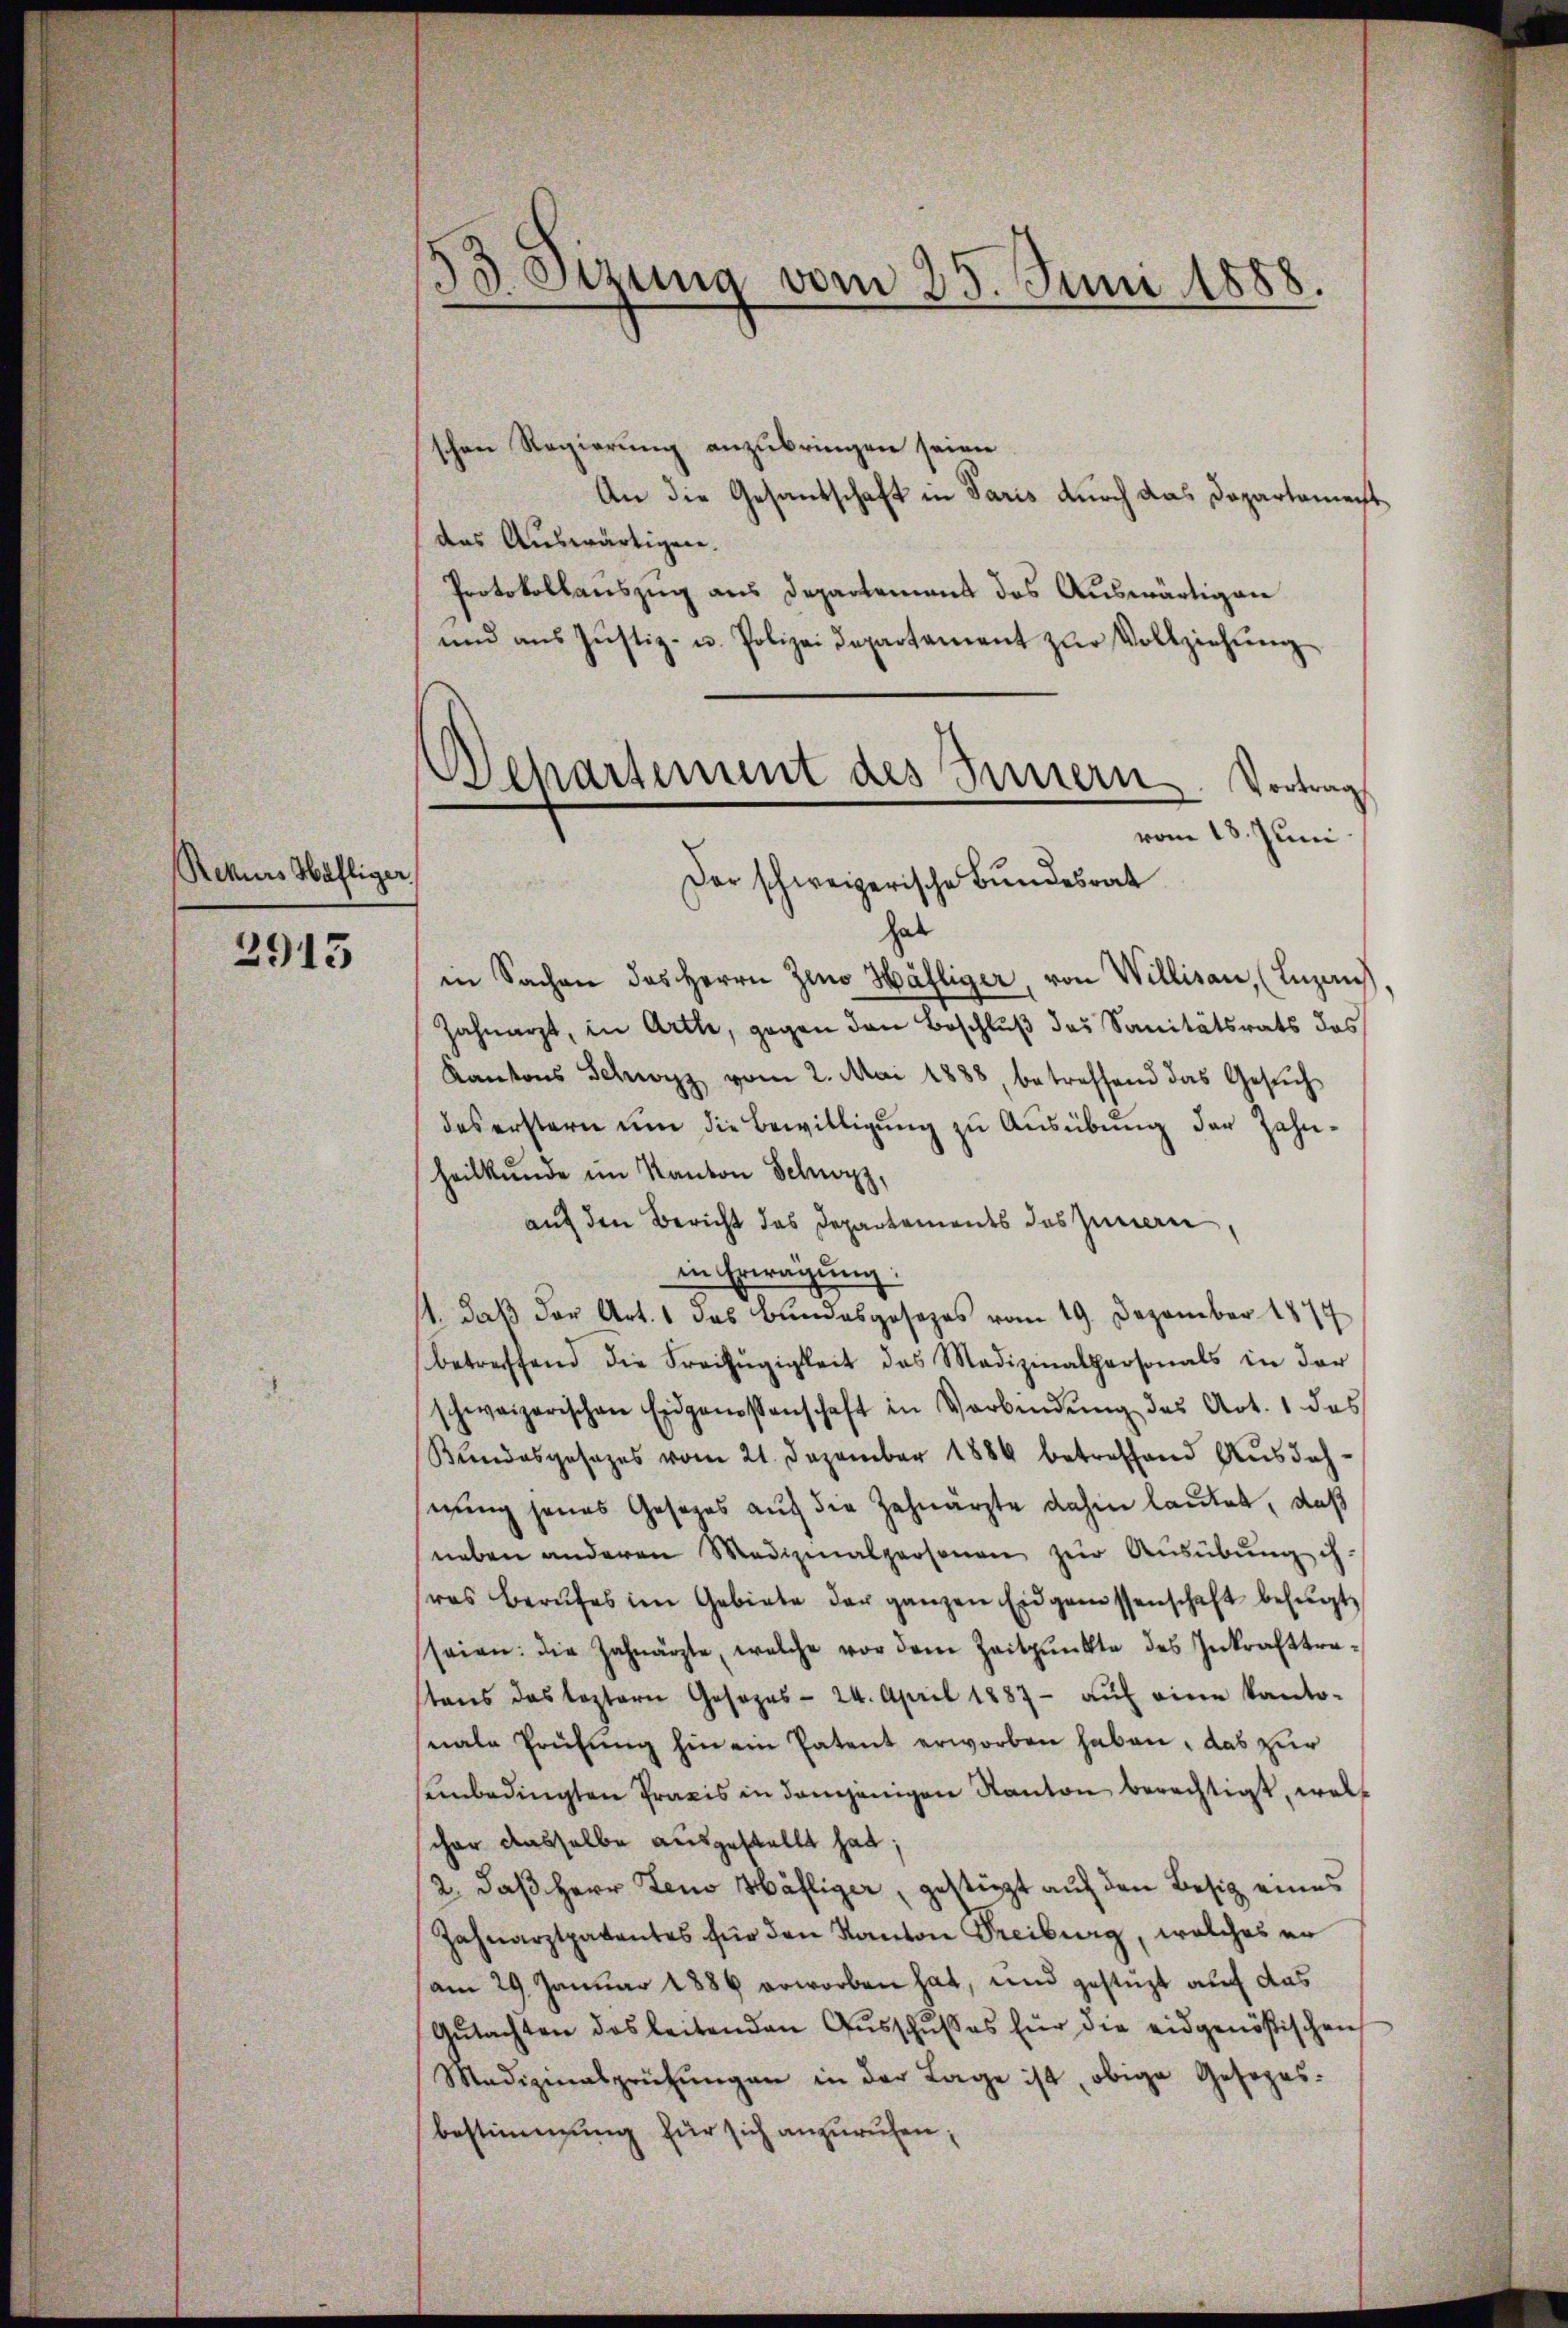
Rekurs Häfliger,

2913

2
Sitzung vom 25. Juni 1888.

schen Regierung anzubringen seien
An die Gesandschaft in Paris durch das Departement
das Auswärtigen.
Protokollauszug aus Departement des Auswärtigen
und ans Justiz- u. Polizei Departement zŭr Vollziehŭng
Der schweizerische Bundesrat
hab
in Sachen das Herrn Zeno Hälliger, von Willisau, (Luzau
Zahnarzt, in Arth, gegen den Beschluß des Sanitätsrats das
Kantons Schwyz vom 2. Mai 1888, betreffend das Gesuch
des erstern um die Bewilligung zu Ausübung der Zahnheilkunde im Kanton Schwyz,
auf den Bericht das Departements des Innen,
in Erwägung:
1., daß der Art. 1 das Bundesgesezes vom 19. Dezember 1877
betreffend die Freizügigkeit des Medizinalpersonals in der
schweizerischen Eidgenossenschaft in Verbindŭng des Art. 1 das
Kundesgesezes vom 21. Dezember 1884 betreffend Ausdehnung jenes Gesezes auf die Zahnärzte dahin lautet, daß
neben anderen Medizinalpersonen zŭr Aŭsübŭng ihras berufes im Gebiete der ganzen Eidgenossenschaft befugt,
seien: die Zahnärzte, welche vor dem Zeitpunkte des Inkrafttretens das leztere Gesezes- 24. April 1887 aŭf eine Kanto-
nale Prüfung hin ein Patent erworben haben, das zur
senbedingten Praxis in demjenigen Kanton berechtigt, wel
scher dasselbe ausgestellt hat;
2. daß Herr Zeno Häfliger, gestürzt auf den Besitz eines
Zahnarztpatentes für den Kanton Greiburg, welches er
am 29. Januar 1886 erworben hat, und gestüzt auf das
Gŭtachten des leitenden Aŭsschusses für die eidgenößischen
Madizinalprüfŭngen in der Lage ist, obige Gesezes-
bestimmung für sich anzurufen;

Departement des Innern. Vortrag
vom 18. Juni